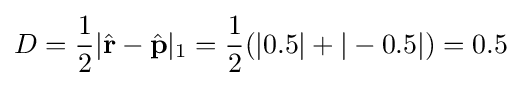
D={\frac {1}{2}}|{\hat {\mathbf {r} }}-{\hat {\mathbf {p} }}|_{1}={\frac {1}{2}}(|0.5|+|-0.5|)=0.5